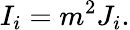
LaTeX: I_{i}=m^{2}J_{i}.